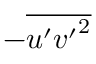
- \overline { { u ^ { \prime } { v ^ { \prime } } ^ { 2 } } }